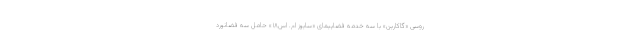
روسی «گاکارین» با سه خدمه فضاپیمای «سایوز ام. اس۱۸» حامل سه فضانورد